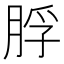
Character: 脬